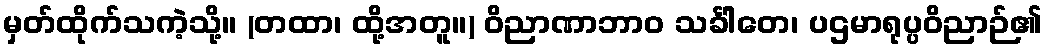
မှတ်ထိုက်သကဲ့သို့။ (တထာ၊ ထို့အတူ။) ဝိညာဏာဘာဝ သင်္ခါတေ၊ ပဌမာရုပ္ပဝိညာဉ်၏